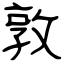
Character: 敦